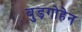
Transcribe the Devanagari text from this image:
बुड़गोहेन